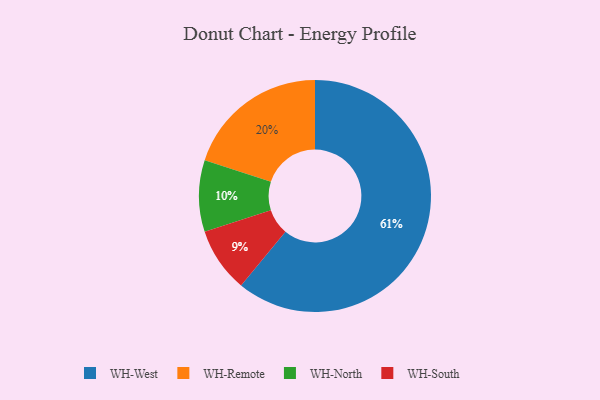
{"axis": {"x": "Category", "y": "Percentage"}, "legend": ["WH-North", "WH-Remote", "WH-South", "WH-West"], "data": [{"x": "WH-Remote", "y": 20, "type": "WH-Remote"}, {"x": "WH-South", "y": 9, "type": "WH-South"}, {"x": "WH-West", "y": 61, "type": "WH-West"}, {"x": "WH-North", "y": 10, "type": "WH-North"}]}